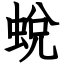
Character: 蛻